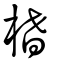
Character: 榰